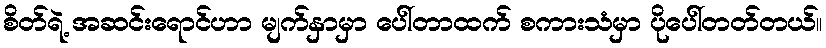
စိတ်ရဲ့ အဆင်းရောင်ဟာ မျက်နှာမှာ ပေါ်တာထက် စကားသံမှာ ပိုပေါ်တတ်တယ်။